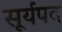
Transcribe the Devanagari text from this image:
सूर्यपद